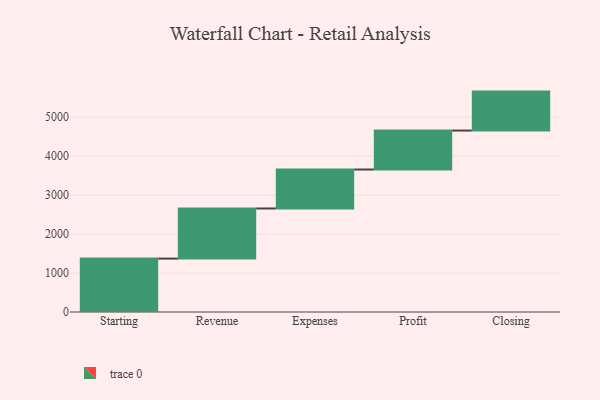
{"axis": {"x": "Step", "y": "Value"}, "legend": [""], "data": [{"x": "Starting", "y": 1371.0, "type": ""}, {"x": "Revenue", "y": 1286.0, "type": ""}, {"x": "Expenses", "y": 1000, "type": ""}, {"x": "Profit", "y": 1000, "type": ""}, {"x": "Closing", "y": 1000, "type": ""}]}